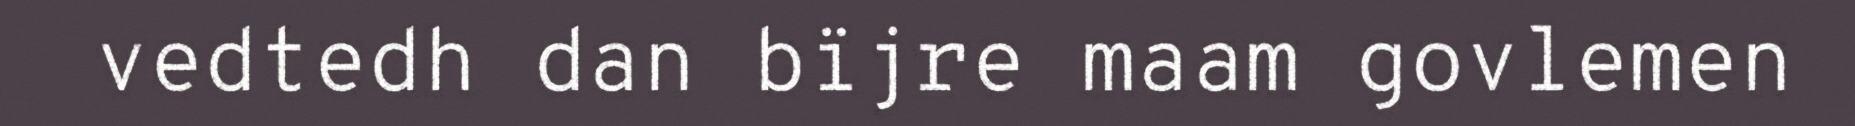
vedtedh dan bïjre maam govlemen